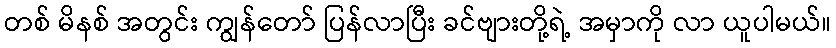
တစ် မိနစ် အတွင်း ကျွန်တော် ပြန်လာပြီး ခင်ဗျားတို့ရဲ့ အမှာကို လာ ယူပါမယ်။